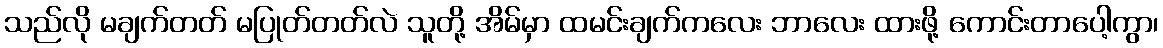
သည်လို မချက်တတ် မပြုတ်တတ်လဲ သူတို့ အိမ်မှာ ထမင်းချက်ကလေး ဘာလေး ထားဖို့ ကောင်းတာပေါ့ကွာ၊